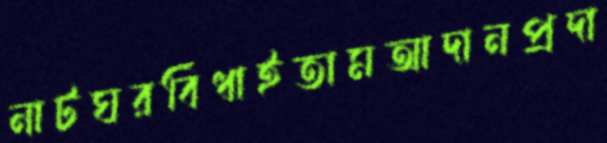
নাটঘরবিঁধাইতামআদানপ্রদা